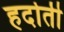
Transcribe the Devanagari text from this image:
हदोती